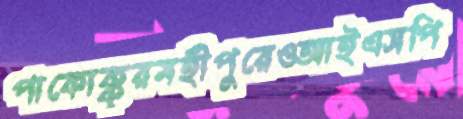
পাকোক্কুরমহীপুরেওআইএসপি